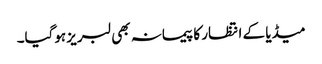
میڈیا کے انتظار کا پیمانہ بھی لبریز ہوگیا۔